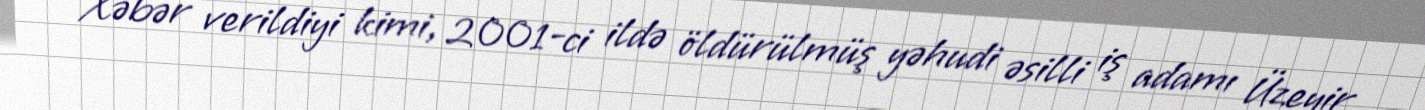
Xəbər verildiyi kimi, 2001-ci ildə öldürülmüş yəhudi əsilli iş adamı Üzeyir